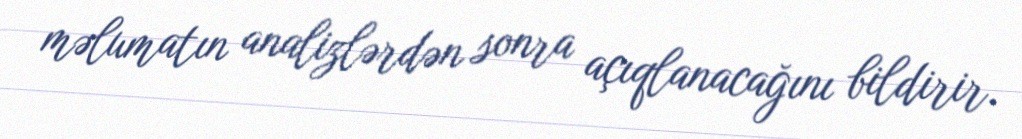
məlumatın analizlərdən sonra açıqlanacağını bildirir.